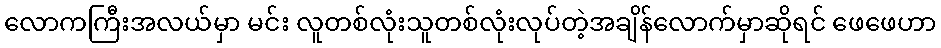
လောကကြီးအလယ်မှာ မင်း လူတစ်လုံးသူတစ်လုံးလုပ်တဲ့အချိန်လောက်မှာဆိုရင် ဖေဖေဟာ